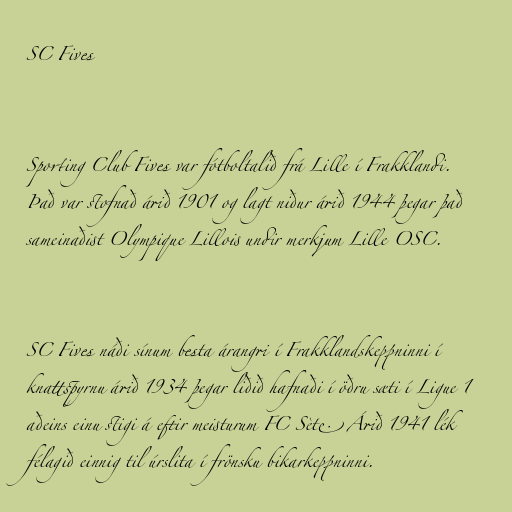
SC Fives

Sporting Club Fives var fótboltalið frá Lille í Frakklandi.
Það var stofnað árið 1901 og lagt niður árið 1944 þegar það
sameinaðist Olympique Lillois undir merkjum Lille OSC.

SC Fives náði sínum besta árangri í Frakklandskeppninni í
knattspyrnu árið 1934 þegar liðið hafnaði í öðru sæti í Ligue 1
aðeins einu stigi á eftir meisturum FC Sète. Árið 1941 lék
félagið einnig til úrslita í frönsku bikarkeppninni.